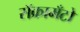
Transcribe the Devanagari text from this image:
सॅक्रामँटो